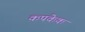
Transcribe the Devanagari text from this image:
कपकेक